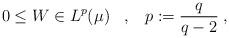
LaTeX: \begin{align*}0 \leq W \in L^p(\mu) \;\;\;, \;\;\; p := \frac{q}{q-2} \;,\end{align*}